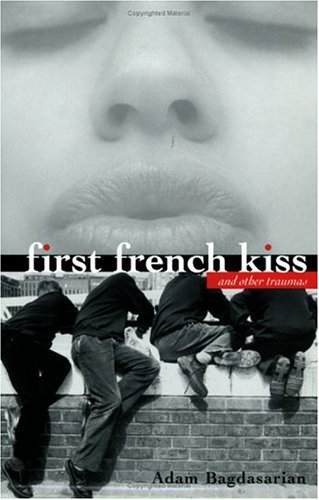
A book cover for First French Kiss: and other traumas; Adam Bagdasarian; Teen & Young Adult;